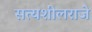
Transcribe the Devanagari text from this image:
सत्यशीलराजे